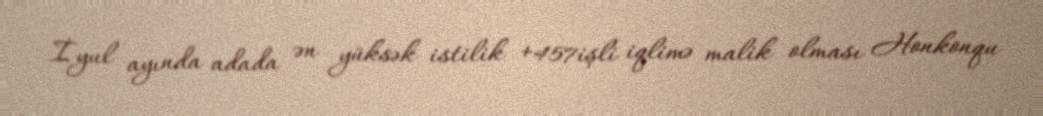
İyul ayında adada ən yüksək istilik +457işli iqlimə malik olması Honkonqu